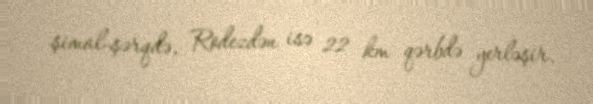
şimal-şərqdə, Rodezdən isə 22 km qərbdə yerləşir.